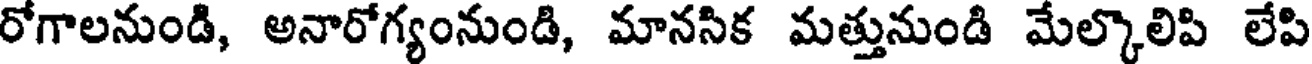
రోగాలనుండి, అనారోగ్యంనుండి, మానసిక మత్తునుండి మేల్కొలిపి లేపి